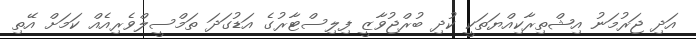
އަދި ޖަރުމަނު އިޝްތިރާކިއްޔަތަކީ ކުދި ބުރްޖުވާޒީ ފިލިސްޓާރުގެ އަޑުގަދަ ތަމްސީލްވެރިއެއް ކަމަށް އޭތި